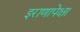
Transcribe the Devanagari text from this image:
इराणापेक्षा